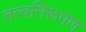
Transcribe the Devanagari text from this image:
तत्वनिरूपण